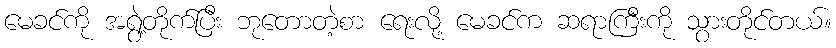
မေခင်ကို အရွဲ့တိုက်ပြီး ဘုတောတဲ့စာ ရေးလို့ မေခင်က ဆရာကြီးကို သွားတိုင်တယ်။